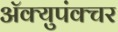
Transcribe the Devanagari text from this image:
ॲक्युपंक्चर